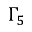
\Gamma _ { 5 }